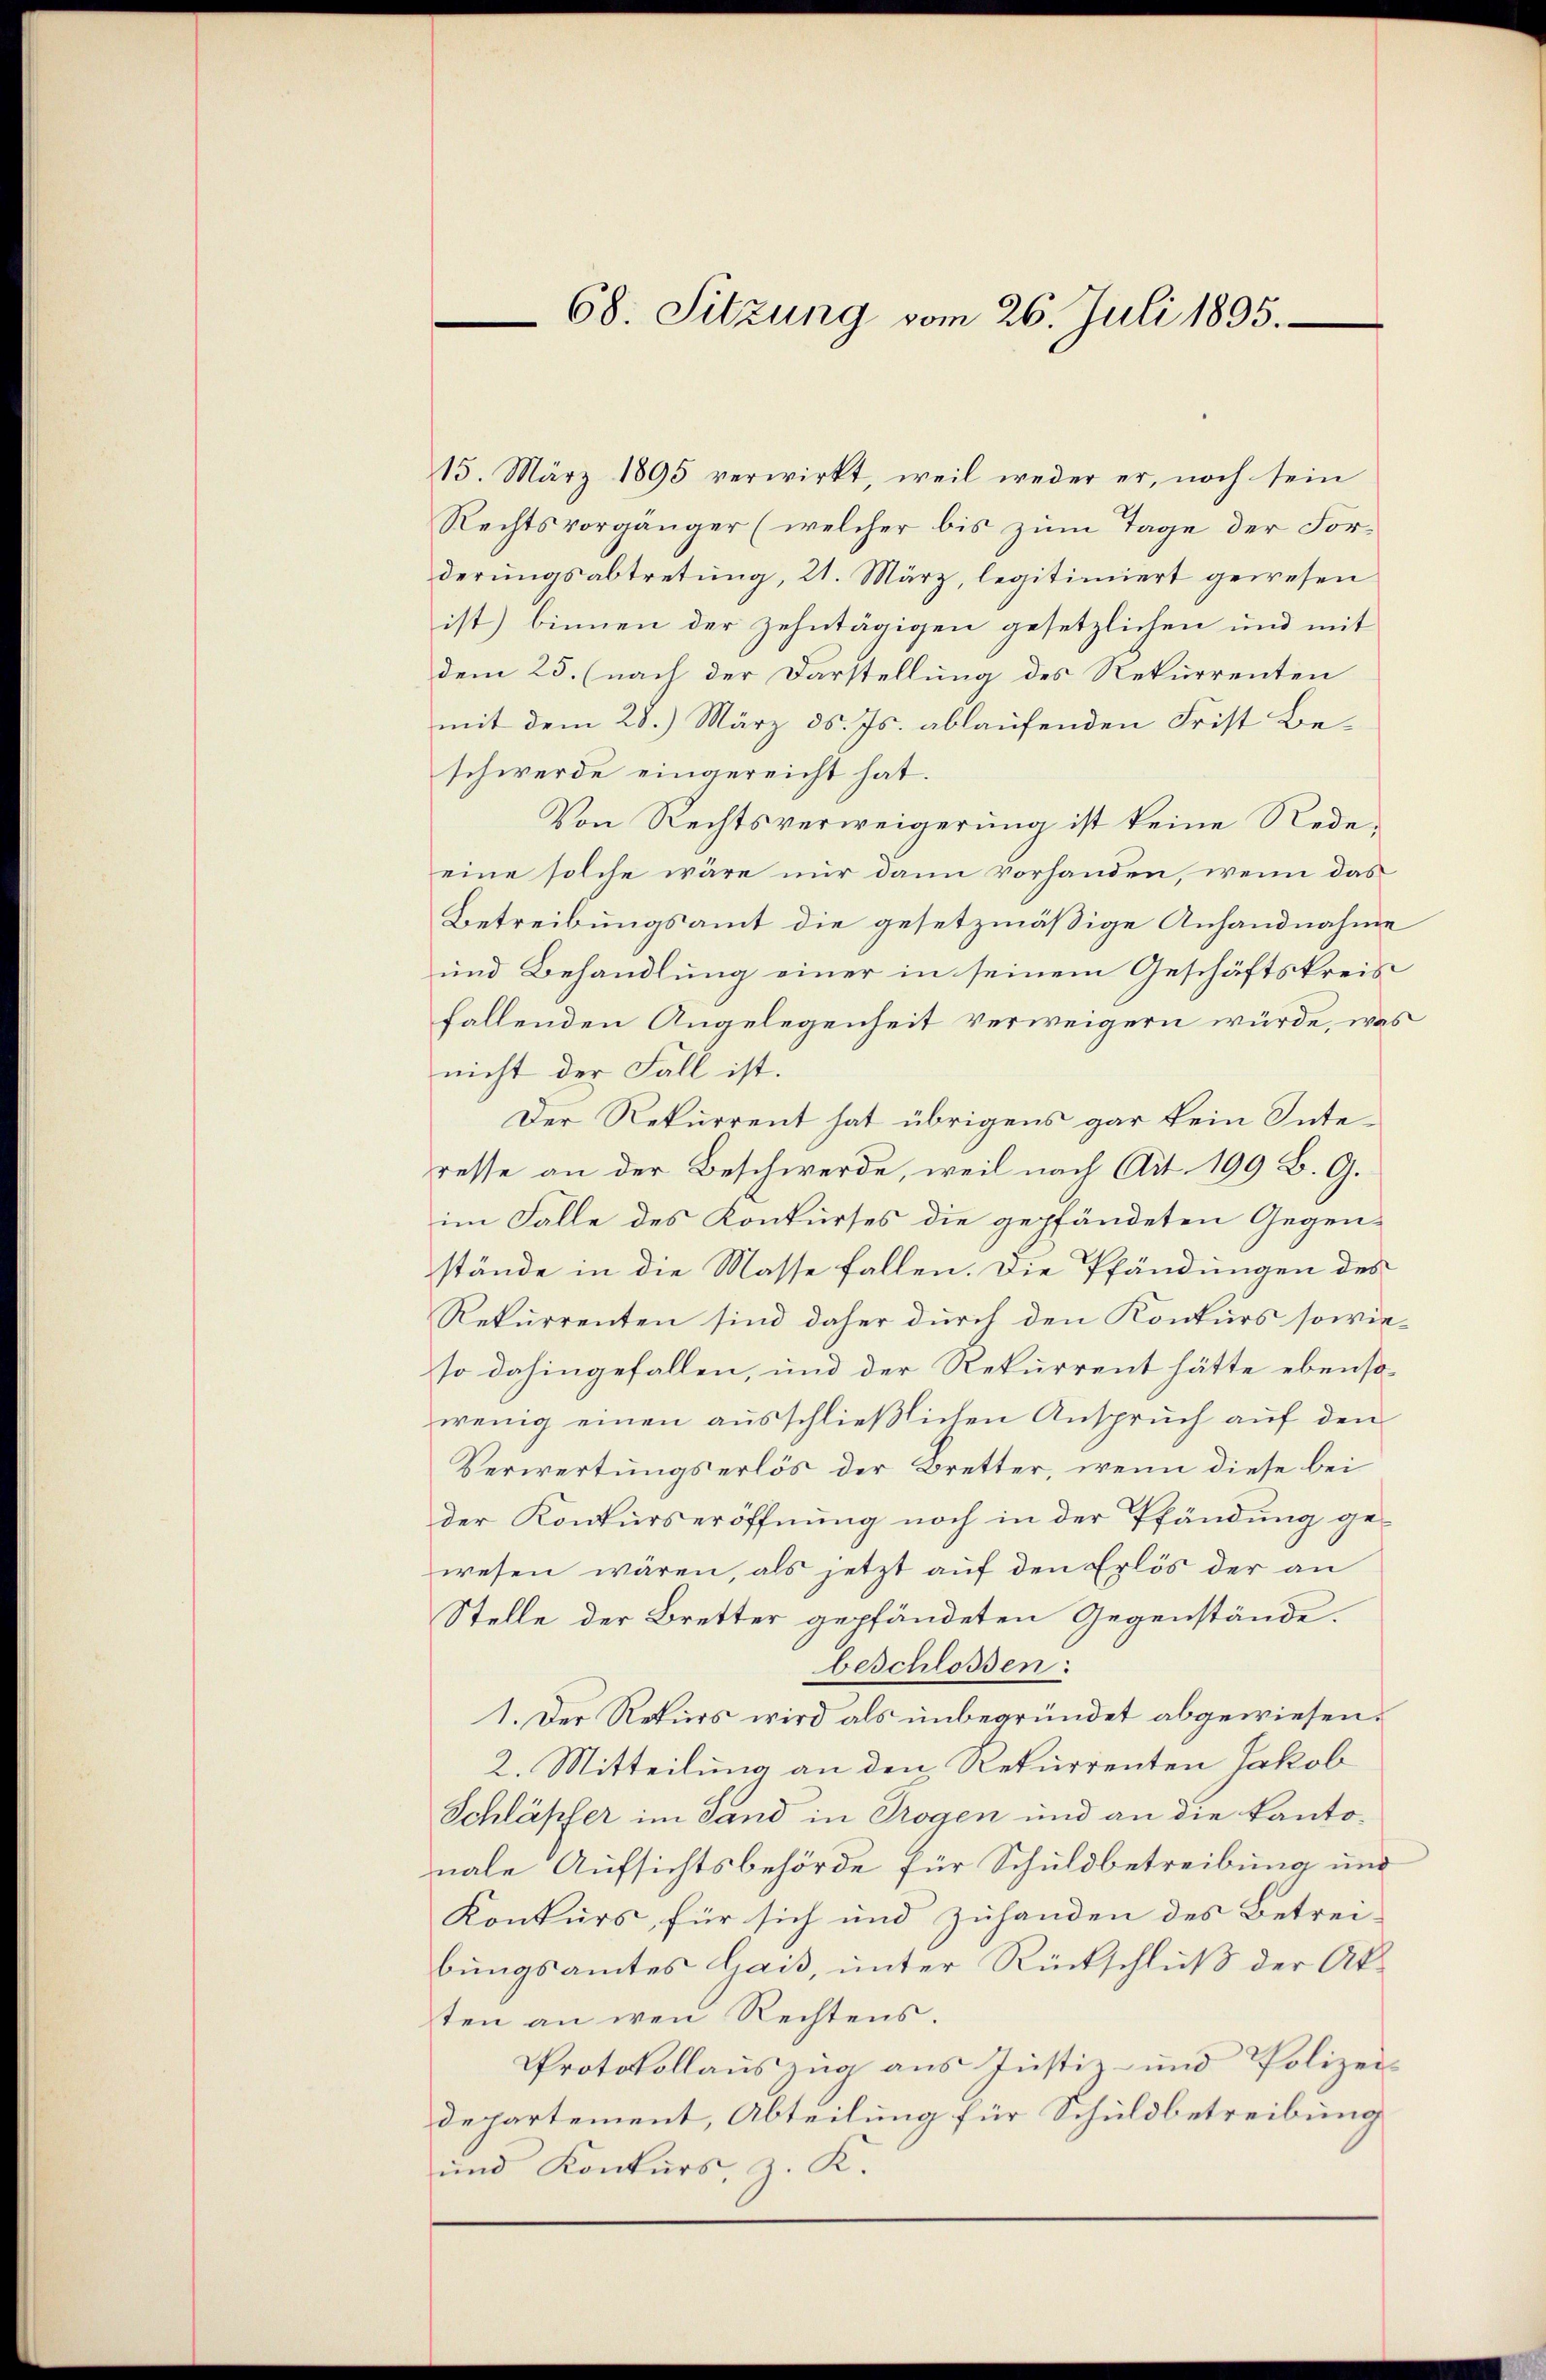
15. März 1895 verwirkt, weil weder er, noch sein
Rechtsvorgänger (welcher bis zum Tage der Forderungsabtretung, 21. März, legitimiert gewesen
ist) binnen der zehntägigen gesetzlichen und mit
dem 25. (nach der Darstellung des Rekurrenten
mit dem 28. März d. Js. ablaufenden Frist Beschwerde eingereicht hat.
Von Rechtsverweigerung ist keine Redeeine solche wäre nur dann vorhanden, wenn das
Betreibungsamt die gesetzmäßige Anhandnahme
und Behandlung einer in seinem Geschäftskreis
fallenden Angelegenheit verweigern würde, was
nicht der Fall ist.
Der Rekurrent hat übrigens gar kein Interesse an der Beschwerde, weil nach Art. 199 B. G.
im Falle des Konkurses die gepfändeten Gegen-
stände in die Masse fallen. Die Pfändungen des
Rekurrenten sind daher durch den Konkurs sowieso dahingefallen, und der Rekurrent hätte ebensowenig einen ausschließlichen Anspruch auf den
Verwertungserlös der Bretter, wenn diese bei
der Konkurseröffnung noch in der Pfändung ge-
wesen wären, als jetzt auf den Erlös der an
Stelle der Bretter gepfändeten Gegenstände.
beschlossen:
1. Der Rekurs wird als unbegründet abgewiesen.
2. Mitteilung an den Rekurrenten Jakob
Schläpfer im Sand in Trogen und an die Kantonale Aufsichtsbehörde für Schuldbetreibung und
Konkurs, für sich und zuhanden des Betrei-
bungsamtes Gais, unter Rückschluß der Aksten an wen Rechtens.
Protokollauszug aus Justiz- und Polizei
departement, Abteilung für Schuldbetreibung
und Konkurs, z. K.

68. Sitzung vom 26. Juli 1895.